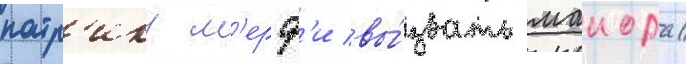
патр'ику м'ерф'и вы́звать маиора